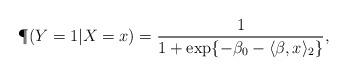
LaTeX: \begin{align*}\P(Y=1 | X=x) = \frac{1}{1+\exp\{-\beta_0 - \langle \beta, x \rangle_2\}},\end{align*}